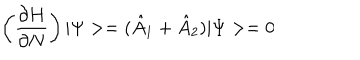
\left( \frac { \partial H } { \partial N } \right) | \Psi > = ( \hat { A } _ { 1 } + \hat { A } _ { 2 } ) | \Psi > = 0